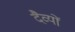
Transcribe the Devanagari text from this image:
दैव्यों